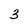
Character: 3